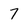
Character: 7